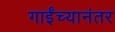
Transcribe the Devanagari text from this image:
गाईंच्यानंतर